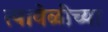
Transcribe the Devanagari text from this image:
त्यावेळीच्या